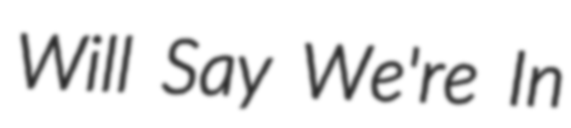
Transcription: Will Say We're In